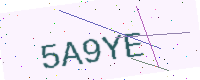
Text: 5A9YE